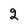
Character: 2